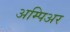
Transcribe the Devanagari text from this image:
अम्पिअर